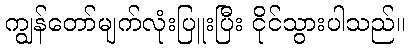
ကျွန်တော်မျက်လုံးပြူးပြီး ငိုင်သွားပါသည်။